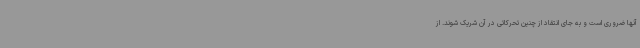
آنها ضروری است و به جای انتقاد از چنین تحرکاتی در آن شریک شوند. از